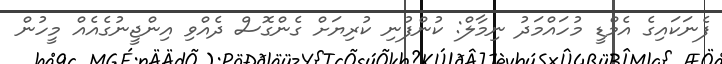
ފެނަކައިގެ އެމްޑީ މުހައްމަދު ނިމާލް: ކުންފުނި ކުރިޔަށް ގެންގޮސް ދެއްވި އިންޖީނުގެއެއް މީހުން